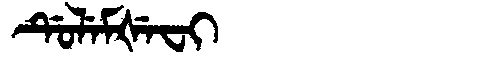
Manchu: ᡩᡠᠯᡝᠮᡧᡝᠸᡳ
Romanization: DULEMŠEFI